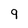
Character: 9